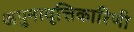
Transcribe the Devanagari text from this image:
अपुनावृत्तिकारिणी